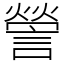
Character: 謍